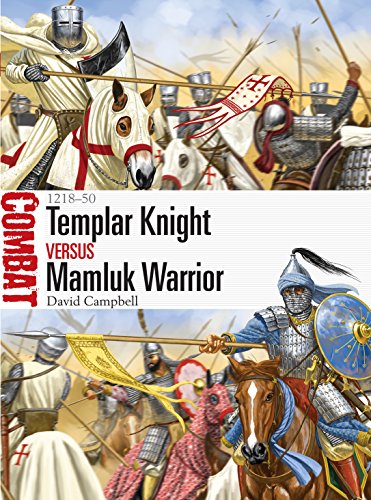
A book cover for Templar Knight vs Mamluk Warrior - 1218-50 (Combat); David Campbell; Arts & Photography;